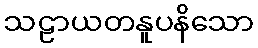
သဠာယတနူပနိသော